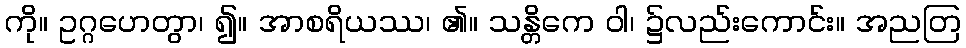
ကို။ ဥဂ္ဂဟေတွာ၊ ၍။ အာစရိယဿ၊ ၏။ သန္တိကေ ဝါ၊ ၌လည်းကောင်း။ အညတြ